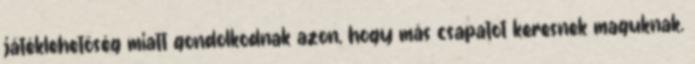
játéklehetőség miatt gondolkodnak azon, hogy más csapatot keresnek maguknak.